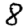
Digit: 8